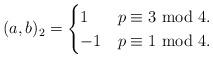
LaTeX: \begin{align*}(a,b)_2=\begin{cases}1&p\equiv3~{\rm mod}~4.\\-1&p\equiv1~{\rm mod}~4.\end{cases}\end{align*}